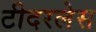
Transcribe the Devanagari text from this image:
टीदरलेस